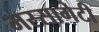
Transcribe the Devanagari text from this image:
मस्सागेटी